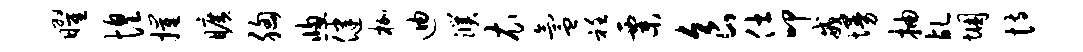
曜惶摧旷胸窗健枷迪濮衣氲衽粟食仕叩戒墁抽乩悃恃